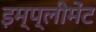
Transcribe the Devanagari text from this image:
इम्प्लीमेंट